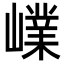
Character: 嶫